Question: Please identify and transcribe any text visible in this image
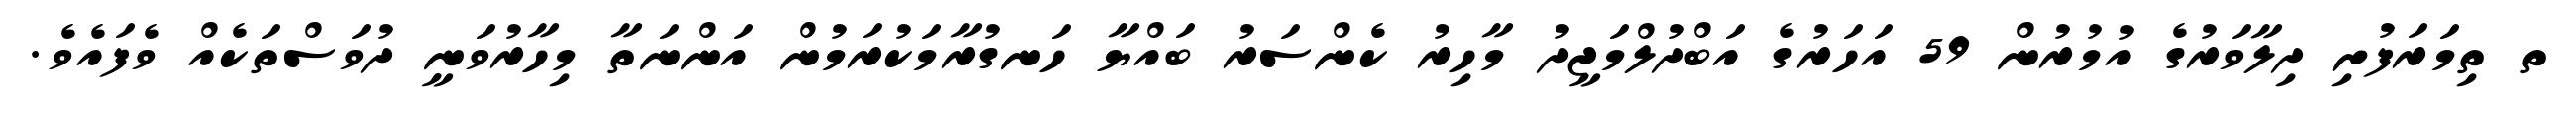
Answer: ތ ތިމަރަފުށި ދިލާވަރުގެ އުމުރުން 59 އަހަރުގެ އަބްދުލްމަޖީދު މާހިރު ކެންސަރު ބައްޔާ ހަނގުރާމަކުރަމުން އަންނަތާ މިހާރުވަނީ ދުވަސްތަކެއް ވެފައެވެ.